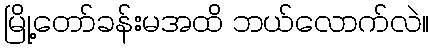
မြို့တော်ခန်းမအထိ ဘယ်လောက်လဲ။